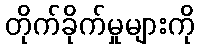
တိုက်ခိုက်မှုများကို